Notes on vaccination in the North-West Frontier Province 1923-1928 - 1923-1928
Year: 1923
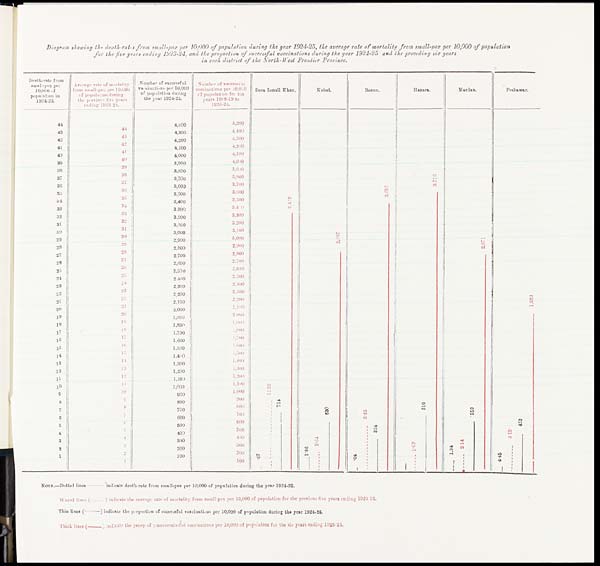
Diagram showing the death -rates from small-pox per 10,000 of population during the year 1924-25, the average rate of mortality from small-pox per 10,000 of population
for the five years ending 1923-24, and the proportion of successful vaccinations during the year 1924-25 and the preceding six years
in each district of the North-West Frontier Province.